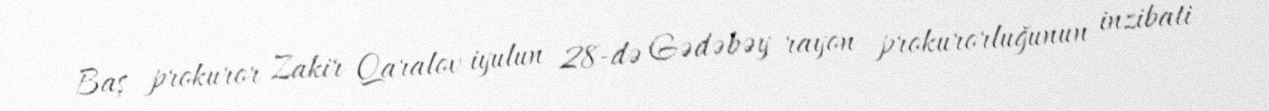
Baş prokuror Zakir Qaralov iyulun 28-də Gədəbəy rayon prokurorluğunun inzibati